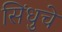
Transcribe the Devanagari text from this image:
सिंधुचे